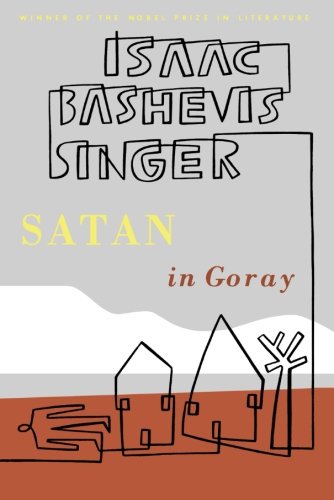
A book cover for Satan in Goray: A Novel; Isaac Bashevis Singer; Science Fiction & Fantasy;